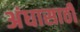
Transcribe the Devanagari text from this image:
अंधासाठी